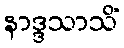
နာဒ္ဒသာသိံ